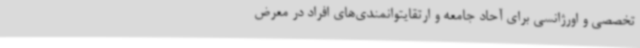
تخصصی و اورژانسی برای آحاد جامعه و ارتقایتوانمندی‌های افراد در معرض